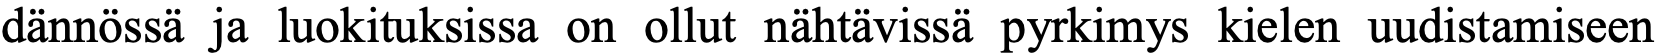
dännössä ja luokituksissa on ollut nähtävissä pyrkimys kielen uudistamiseen